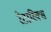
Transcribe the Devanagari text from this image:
रेटारिक्स